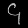
Digit: ၄